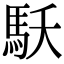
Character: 𩡻